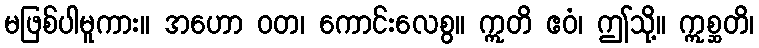
မဖြစ်ပါမူကား။ အဟော ဝတ၊ ကောင်းလေစွ။ ဣတိ ဧဝံ၊ ဤသို့။ ဣစ္ဆတိ၊